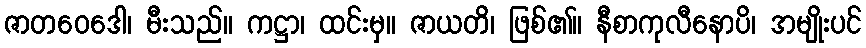
ဇာတဝေဒေါ၊ မီးသည်။ ကဋ္ဌာ၊ ထင်းမှ။ ဇာယတိ၊ ဖြစ်၏။ နီစာကုလီနောပိ၊ အမျိုးပင်